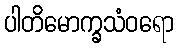
ပါတိမောက္ခသံဝရော